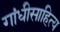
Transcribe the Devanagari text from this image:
गांधीसाहित्य